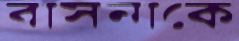
বাসনাকে